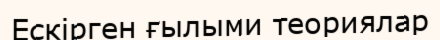
Ескірген ғылыми теориялар